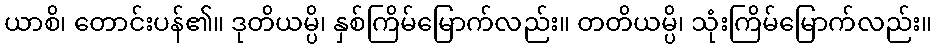
ယာစိ၊ တောင်းပန်၏။ ဒုတိယမ္ပိ၊ နှစ်ကြိမ်မြောက်လည်း။ တတိယမ္ပိ၊ သုံးကြိမ်မြောက်လည်း။